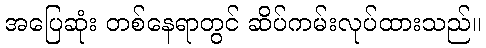
အပြေဆုံး တစ်နေရာတွင် ဆိပ်ကမ်းလုပ်ထားသည်။